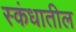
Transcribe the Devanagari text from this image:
स्कंधातील